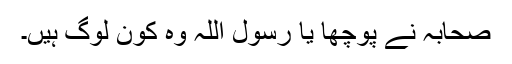
صحابہ نے پوچھا یا رسول اللہ وہ کون لوگ ہیں۔